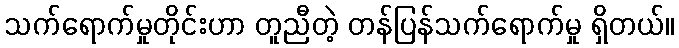
သက်ရောက်မှုတိုင်းဟာ တူညီတဲ့ တန်ပြန်သက်ရောက်မှု ရှိတယ်။